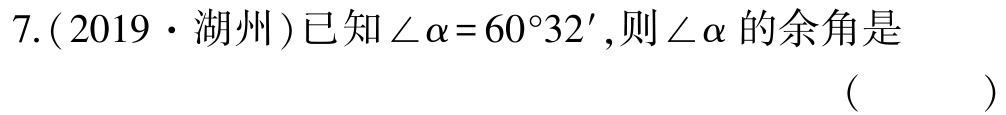
7.( 2019·湖州)已知$\angle\alpha = 60^{\circ}32'$,则$\angle\alpha$的余角是 （  ）